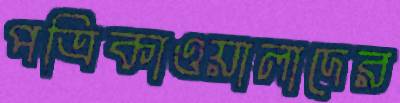
পত্রিকাওয়ালাদের